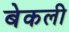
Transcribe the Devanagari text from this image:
बेकली